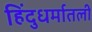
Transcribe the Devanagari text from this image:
हिंदुधर्मातली